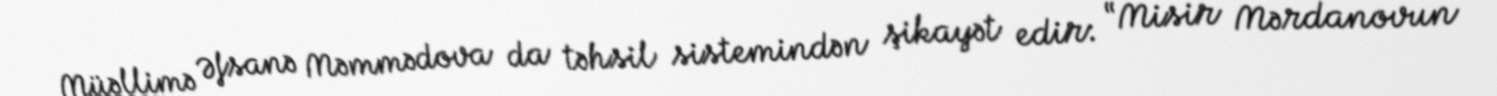
Müəllimə Əfsanə Məmmədova da təhsil sistemindən şikayət edir: “Misir Mərdanovun